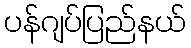
ပန်ဂျပ်ပြည်နယ်